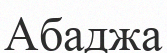
Абаджа